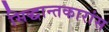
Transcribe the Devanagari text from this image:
सिद्धान्तकारांस